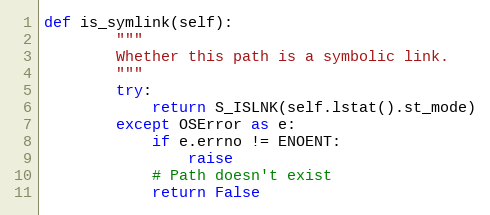
Language: Python
def is_symlink(self):
        """
        Whether this path is a symbolic link.
        """
        try:
            return S_ISLNK(self.lstat().st_mode)
        except OSError as e:
            if e.errno != ENOENT:
                raise
            # Path doesn't exist
            return False